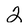
Character: 2